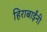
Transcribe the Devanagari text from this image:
हिराबाईंनी